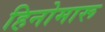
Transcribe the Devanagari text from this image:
हिनोमारू